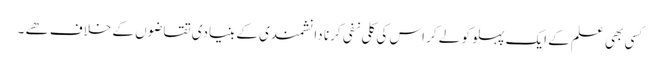
کسی بھی علم کے ایک پہلو کو لے کر اس کی کلی نفی کرنا دانشمندی کے بنیادی تقاضوں کے خلاف ھے ۔